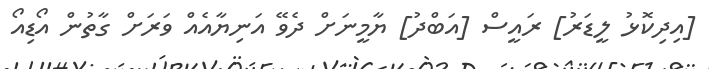
[އިދިކޮޅު ލީޑަރު] ރައީސް [އަބްދު] ޔާމީނަށް ދެވޭ އަނިޔާއެއް ވަރަށް ގާތުން އޯޑިއޯ